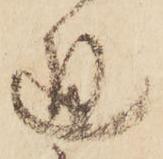
通